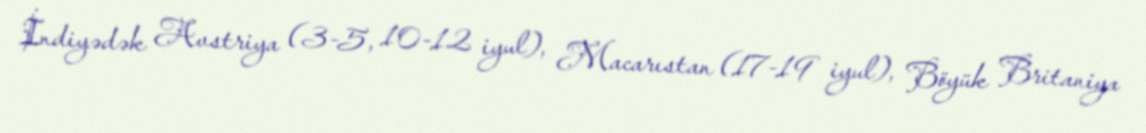
İndiyədək Avstriya (3-5, 10-12 iyul), Macarıstan (17-19 iyul), Böyük Britaniya